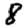
Digit: 8